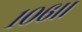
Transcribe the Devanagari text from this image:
१०६।।